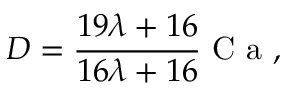
D = \frac { 1 9 \lambda + 1 6 } { 1 6 \lambda + 1 6 } \mathrm { ~ C ~ a ~ } ,